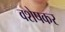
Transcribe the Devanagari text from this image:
वशेषकर